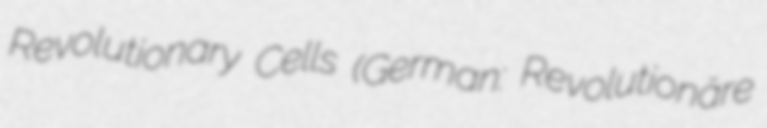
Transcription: Revolutionary Cells (German: Revolutionäre